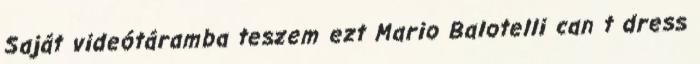
Saját videótáramba teszem ezt Mario Balotelli can t dress